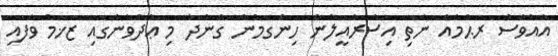
އެއްވެސް ރަޙުމެއް ނެތި އިސްރާއީލުން ހިންގަމުން ގެންދާ މި ޢުދުވާނުގައި ޒަޚަމް ވެފައި